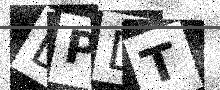
Text: DPDT